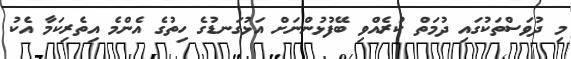
މި ދުވަސްތަކުގައި ދުމަތް ކުރެއްވި ބޭފުޅުންނަށް އަޅުގަނޑުގެ ހިތުގެ އެންމެ އިތެރިކަމާ އެކު